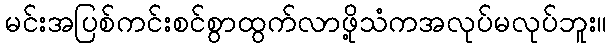
မင်းအပြစ်ကင်းစင်စွာထွက်လာဖို့သံကအလုပ်မလုပ်ဘူး။